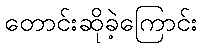
တောင်းဆိုခဲ့ကြောင်း